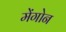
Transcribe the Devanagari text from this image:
मेंगोन